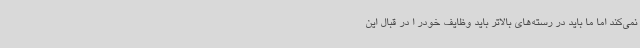
نمی‌کند اما ما باید در رسته‌های بالاتر باید وظایف خودر ا در قبال این